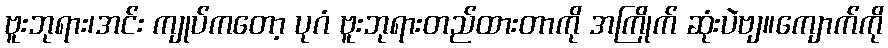
ဗူးဘုရား၊အင်း ကျုပ်ကတော့ ပုဂံ ဗူးဘုရားတည်ထားတာကို အကြိုက် ဆုံးပဲဗျ။ကျောက်ကို